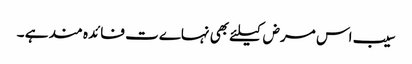
سیب اس مرض کیلئے بھی نہاےت فائدہ مند ہے ۔